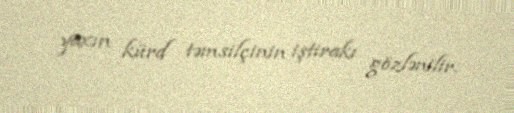
yaxın kürd təmsilçinin iştirakı gözlənilir.